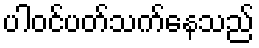
ပါဝင်ပတ်သက်နေသည်